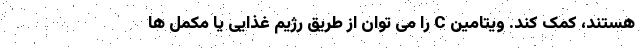
هستند، کمک کند. ویتامین C را می توان از طریق رژیم غذایی یا مکمل ها